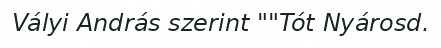
Vályi András szerint ""Tót Nyárosd.